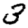
Digit: 3